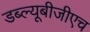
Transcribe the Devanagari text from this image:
डब्ल्यूबीजीएच